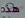
هذه